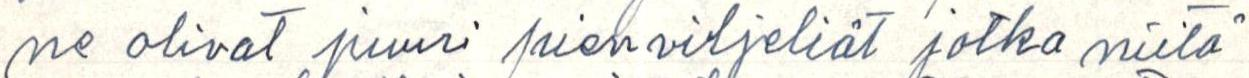
ne olivat juuri pienviljeliät jotka niitä